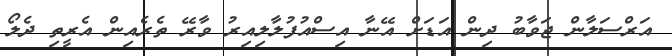
އަރްސަލާން ޖަވާބު ދިން އަޑަށް އޭނާ އިސްއުފުލާލިއިރު ވާރޭ ތެރެއިން އެރީތި ދެލޯ